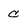
Character: C